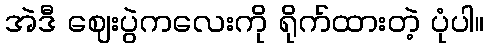
အဲဒီ ဈေးပွဲကလေးကို ရိုက်ထားတဲ့ ပုံပါ။